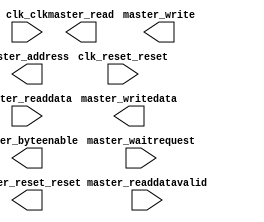
// This program was cloned from: https://github.com/stanford-ppl/spatial-lang
// License: MIT License

module ghrd_10as066n2_f2sdram2_m (
		input  wire        clk_clk,              //          clk.clk
		input  wire        clk_reset_reset,      //    clk_reset.reset
		output wire [31:0] master_address,       //       master.address
		input  wire [31:0] master_readdata,      //             .readdata
		output wire        master_read,          //             .read
		output wire        master_write,         //             .write
		output wire [31:0] master_writedata,     //             .writedata
		input  wire        master_waitrequest,   //             .waitrequest
		input  wire        master_readdatavalid, //             .readdatavalid
		output wire [3:0]  master_byteenable,    //             .byteenable
		output wire        master_reset_reset    // master_reset.reset
	);
endmodule